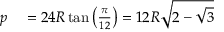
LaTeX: \begin{array} { r l } { p } & { { } = 2 4 R \tan \left( { \frac { \pi } { 1 2 } } \right) = 1 2 R { \sqrt { 2 - { \sqrt { 3 } } } } } \end{array}